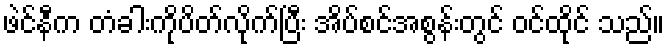
ဖဲင်နီက တံခါးကိုပိတ်လိုက်ပြီး အိပ်စင်အစွန်းတွင် ဝင်ထိုင် သည်။